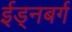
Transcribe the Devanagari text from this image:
ईड्नबर्ग